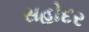
સહોદર